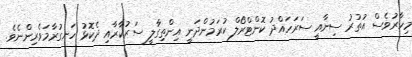
މިހާރުވެސް އުތުރު ސިނާއީ ސަރަހައްދު ކޮންޓްރޯލް ކުރަމުންދަނީ އިންތިގާލީ ސަރުކާރާއި ދެކޮޅު ހަނގުރާމަވެރިންނެވެ.